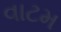
વાટમ